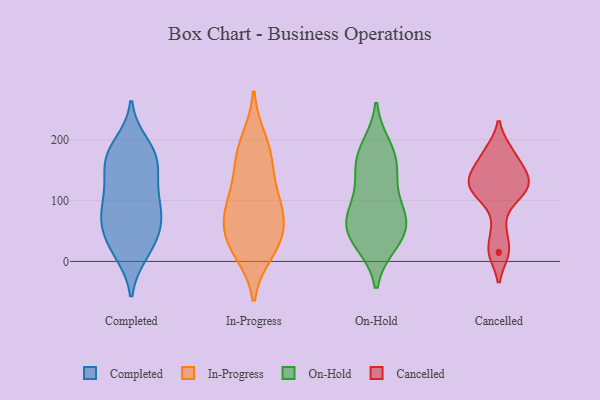
{"axis": {"x": "Inventory Turnover", "y": "Value"}, "legend": ["Cancelled", "Completed", "In-Progress", "On-Hold"], "data": [{"x": "", "y": 145, "type": "Completed"}, {"x": "", "y": 65, "type": "Completed"}, {"x": "", "y": 26, "type": "Completed"}, {"x": "", "y": 170, "type": "Completed"}, {"x": "", "y": 108, "type": "Completed"}, {"x": "", "y": 49, "type": "Completed"}, {"x": "", "y": 168, "type": "Completed"}, {"x": "", "y": 62, "type": "Completed"}, {"x": "", "y": 149, "type": "Completed"}, {"x": "", "y": 71, "type": "Completed"}, {"x": "", "y": 13, "type": "Completed"}, {"x": "", "y": 184, "type": "Completed"}, {"x": "", "y": 97, "type": "Completed"}, {"x": "", "y": 13, "type": "Completed"}, {"x": "", "y": 173, "type": "Completed"}, {"x": "", "y": 94, "type": "Completed"}, {"x": "", "y": 54, "type": "Completed"}, {"x": "", "y": 116, "type": "Completed"}, {"x": "", "y": 193, "type": "Completed"}, {"x": "", "y": 136, "type": "In-Progress"}, {"x": "", "y": 73, "type": "In-Progress"}, {"x": "", "y": 84, "type": "In-Progress"}, {"x": "", "y": 89, "type": "In-Progress"}, {"x": "", "y": 162, "type": "In-Progress"}, {"x": "", "y": 199, "type": "In-Progress"}, {"x": "", "y": 16, "type": "In-Progress"}, {"x": "", "y": 41, "type": "In-Progress"}, {"x": "", "y": 30, "type": "In-Progress"}, {"x": "", "y": 30, "type": "In-Progress"}, {"x": "", "y": 180, "type": "In-Progress"}, {"x": "", "y": 92, "type": "In-Progress"}, {"x": "", "y": 31, "type": "On-Hold"}, {"x": "", "y": 77, "type": "On-Hold"}, {"x": "", "y": 71, "type": "On-Hold"}, {"x": "", "y": 59, "type": "On-Hold"}, {"x": "", "y": 30, "type": "On-Hold"}, {"x": "", "y": 78, "type": "On-Hold"}, {"x": "", "y": 163, "type": "On-Hold"}, {"x": "", "y": 187, "type": "On-Hold"}, {"x": "", "y": 175, "type": "On-Hold"}, {"x": "", "y": 48, "type": "On-Hold"}, {"x": "", "y": 121, "type": "On-Hold"}, {"x": "", "y": 146, "type": "On-Hold"}, {"x": "", "y": 109, "type": "Cancelled"}, {"x": "", "y": 111, "type": "Cancelled"}, {"x": "", "y": 14, "type": "Cancelled"}, {"x": "", "y": 55, "type": "Cancelled"}, {"x": "", "y": 144, "type": "Cancelled"}, {"x": "", "y": 182, "type": "Cancelled"}, {"x": "", "y": 134, "type": "Cancelled"}, {"x": "", "y": 153, "type": "Cancelled"}, {"x": "", "y": 181, "type": "Cancelled"}, {"x": "", "y": 117, "type": "Cancelled"}, {"x": "", "y": 145, "type": "Cancelled"}, {"x": "", "y": 16, "type": "Cancelled"}, {"x": "", "y": 120, "type": "Cancelled"}]}